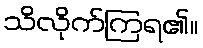
သိလိုက်ကြရ၏။